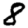
Digit: 8